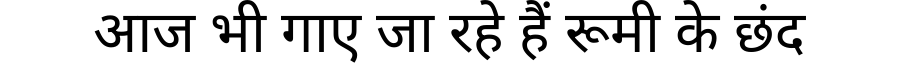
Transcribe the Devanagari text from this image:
आज भी गाए जा रहे हैं रूमी के छंद